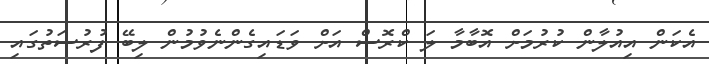
އެކަން އިއުލާން ކުރުމަށް އޮބާމާ ލަ ކްރޮސް އަށް ވަޑައިގެންނެވުމުން ލިބޭ ފުރުސަތުގައި